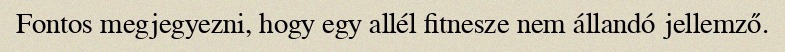
Fontos megjegyezni, hogy egy allél fitnesze nem állandó jellemző.